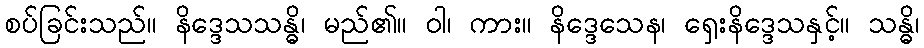
စပ်ခြင်းသည်။ နိဒ္ဒေသသန္ဓိ၊ မည်၏။ ဝါ၊ ကား။ နိဒ္ဒေသေန၊ ရှေးနိဒ္ဒေသနှင့်။ သန္ဓိ၊